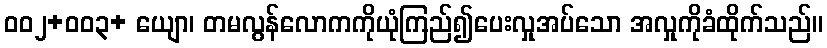
ဝဝ၂+ဝဝ၃+ ယျော၊ တမလွန်လောကကိုယုံကြည်၍ပေးလှုအပ်သော အလှုကိုခံထိုက်သည်။